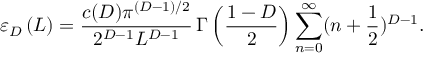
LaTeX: \varepsilon _ { D } \left( L \right) = \frac { c ( D ) \pi ^ { ( D - 1 ) / 2 } } { 2 ^ { D - 1 } L ^ { D - 1 } } \, \Gamma \left( \frac { 1 - D } { 2 } \right) \sum _ { n = 0 } ^ { \infty } ( n + \frac 1 { 2 } ) ^ { D - 1 } .